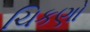
ચિકણો